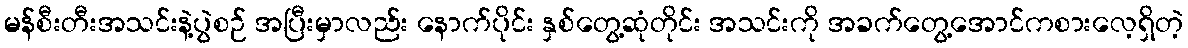
မန်စီးတီးအသင်းနဲ့ပွဲစဉ် အပြီးမှာလည်း နောက်ပိုင်း နှစ်တွေ့ဆုံတိုင်း အသင်းကို အခက်တွေ့အောင်ကစားလေ့ရှိတဲ့